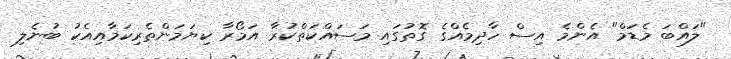
"ލައްބަ މެޑަމް" އެންމެ އިސް ހާދިމެއްގެ ގޮތުގައި މަސައްކަތްކުރާ އަމޯރާ ކިޔަމަންތެރިކަމާއިއެކު ބުނެލި